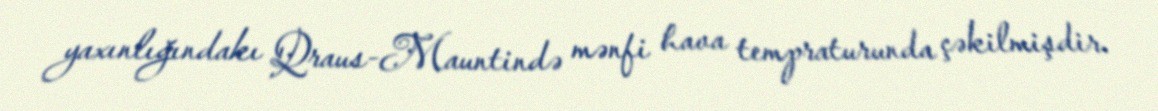
yaxınlığındakı Qraus-Mauntində mənfi hava tempraturunda çəkilmişdir.